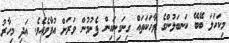
މިކަހަލަ ބޭބޭ ކަނބަލުންގެ ވާހަކަތައް ގިނަގިނައިން ފެނުމުން ވަރަށް އުފާވެއެވެ. އަދި މިހާރު